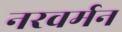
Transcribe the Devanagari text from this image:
नरवर्मन